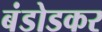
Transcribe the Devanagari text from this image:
बंडोडकर